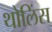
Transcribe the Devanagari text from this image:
थोलिंस